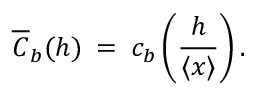
\overline { { C } } _ { b } ( h ) \: = \: c _ { b } \left( \frac { h } { \langle { x } \rangle } \right) .